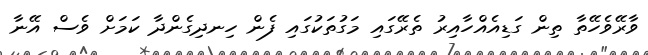
ވާރޭވެހޭތާ ތިން ގަޑިއެއްހާއިރު ތެރޭގައި މަގުތަކުގައި ފެން ހިނދިގެންދާ ކަމަށް ވެސް އޭނާ